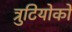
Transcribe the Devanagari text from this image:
त्रुटियोको